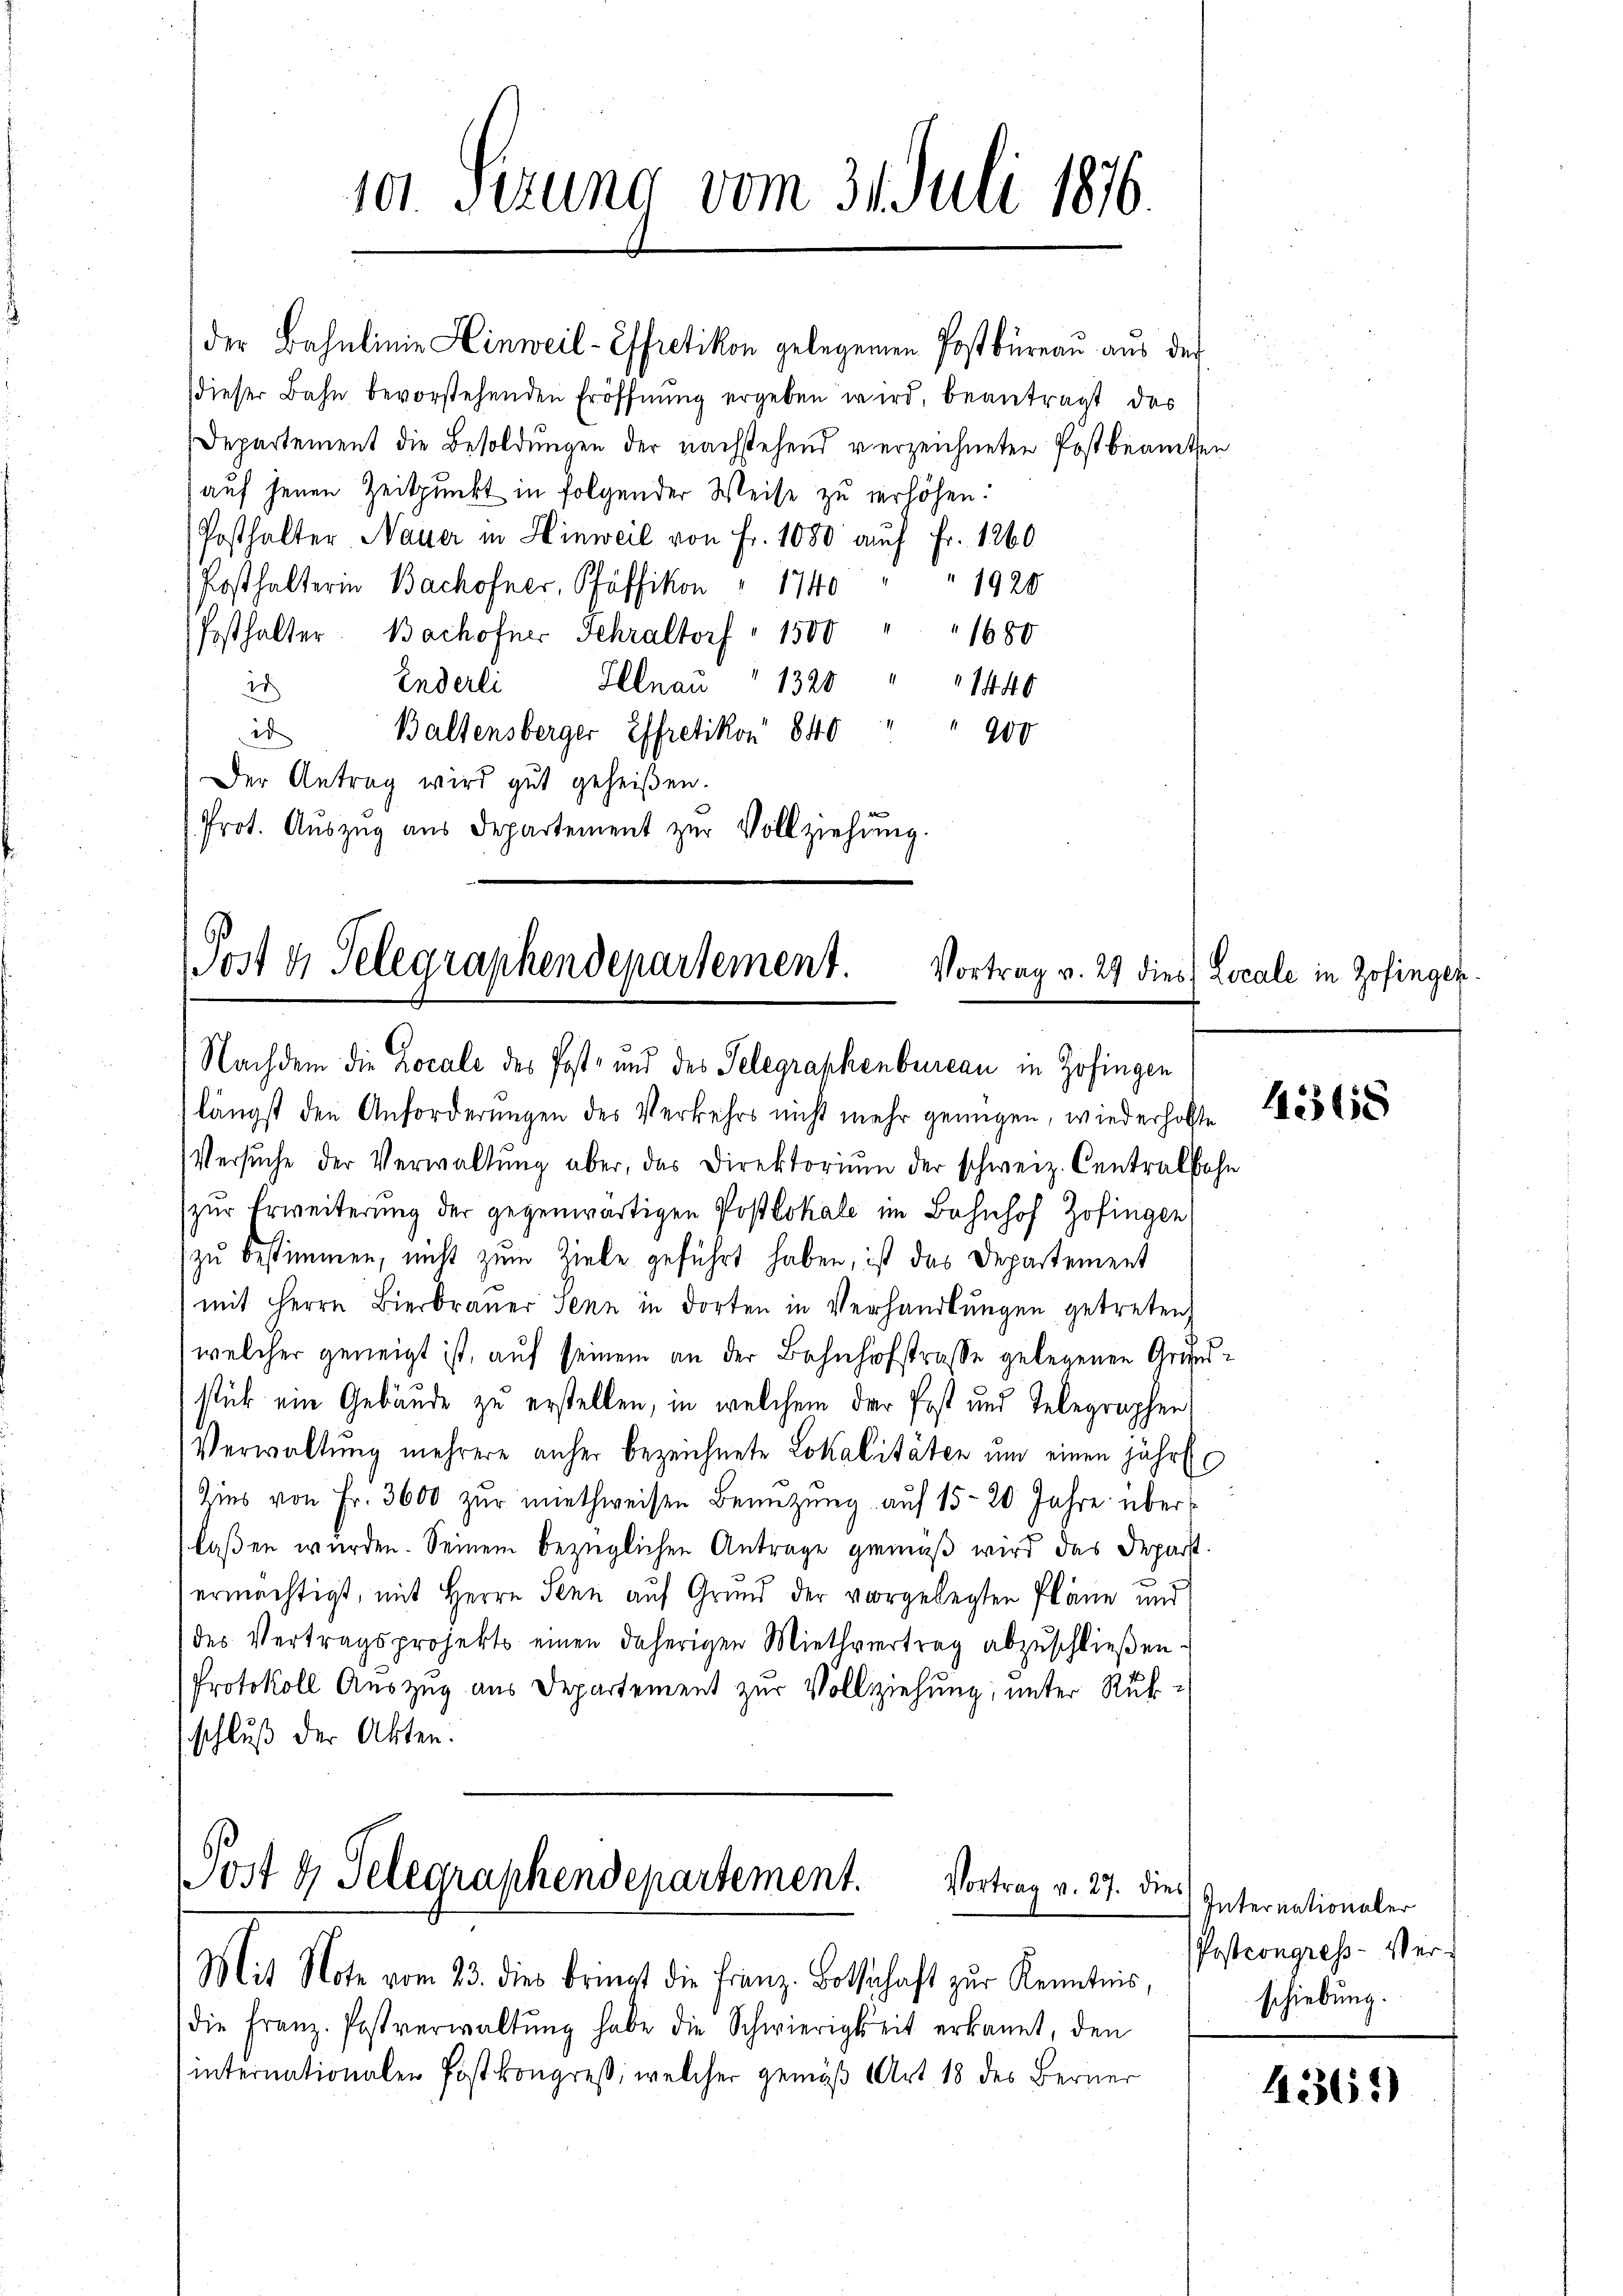
101. Sizung vom 31. Juli 1876.

der Bahnlinie Hinweil-Effretikon gelegenen Postbüreau aus der
dieser Bahn bevorstehenden Eröffnŭng ergeben wird, beantragt das
Departement die Besoldungen der nachstehend verzeichneten Postbeamten
auf jenen Zeitpunkt in folgender Weise zu verhöhen.
Posthalter, Nauer in Hinweil von Fr. 1080 auch Fr. 1260
Posthalterin Bachofner, Pfäffikon " 1740
1928
(festhalter. Bachofner Schraltorf " 1500 " " 1680
Enderli Illnau " 1320
2
1440
id
Baltensberger Effretikon 840
200
Der Antrag wird gut geheißen.
Prot. Aŭszŭg aŭs Departement zŭr Vollziehŭng.

Post u. Telegraphendepartement. Vortrag v. 29 dies Locale in Zofingen.
Nachdem die Locale des Post- und des Telegraphenbureau in Zofingen

längst den Anforderungen des Verkehrs nicht mehr genügen, wiederholte
Versŭche der Verwaltŭng aber, das Direktoriŭm der schweiz. Centralhohn
(zur Erweiterung der gegenwärtigen Postlokale im Bahnhof Zofingen
zu bestimmen, nicht zum Ziele geführt haben, ist das Departement
mit Herrn Bierbraŭer Senn in dorten in Verhandlungen getreten
welcher geneigt ist, auf seinem an der Bahnhofstrasse gelegenen Grundstück ein Gebäude zu erstellen, in welchem der Post und Telegraphen
Verwaltung mehrere anher bezeichnete Lokalitäten um einen jährl
Zins von Fr. 3600 zŭr miethweisen Benützŭng aŭf 15-20 Jahre überlaßen wurden. Seinem bezüglichen Antrage gemäß wird das Depart.
ermächtigt, mit Herrn Senn auf Grund der vorgelegten Pläne und
des Vertragsprojekt einen daherigen Miethvertrag abzŭschlieβen-
Protokoll Auszug aus Departement zur Vollziehung, unter Rükschluß der Akten.

Post 4 Telegraphendepartement.
Vortrag v. 27. dies
Mit Note vom 23. dies bringt die Franz-Bottschaft zŭr Kenntnis,

die Franz. Postverwaltŭng habe die Schwierigkeit erkannt, den
internationalen Postkongreß, welcher gemäß Art 18 des Berner

14368

Internationaler
Postcongress-Verschiebung.

4361)